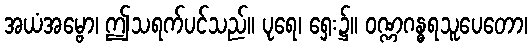
အယံအမ္ဗော၊ ဤသရက်ပင်သည်။ ပုရေ၊ ရှေး၌။ ဝဏ္ဏဂန္ဓရသူပေတော၊